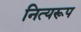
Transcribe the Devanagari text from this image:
नित्यरूप